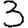
Digit: 3